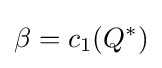
\beta =c_{1}(Q^{*})